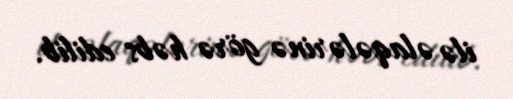
ilə əlaqələrinə görə həbs edilib.